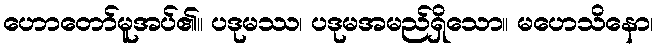
ဟောတော်မူအပ်၏။ ပဒုမဿ၊ ပဒုမအမည်ရှိသော။ မဟေသိနော၊